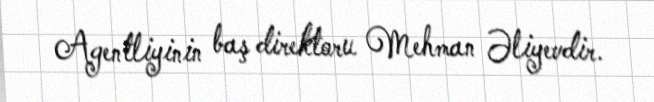
Agentliyinin baş direktoru Mehman Əliyevdir.